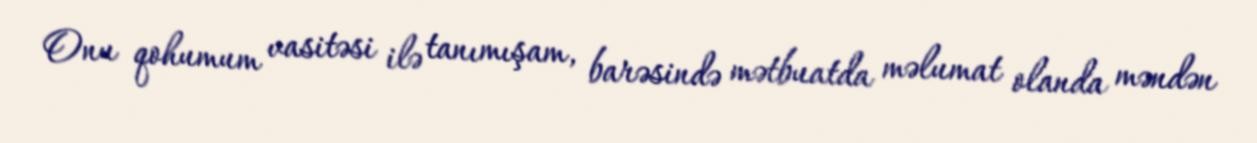
Onu qohumum vasitəsi ilə tanımışam, barəsində mətbuatda məlumat olanda məndən